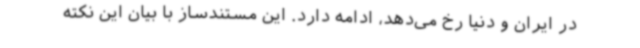
در ایران و دنیا رخ می‌دهد، ادامه دارد. این مستندساز با بیان این نکته